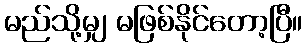
မည်သို့မျှ မဖြစ်နိုင်တော့ပြီ။